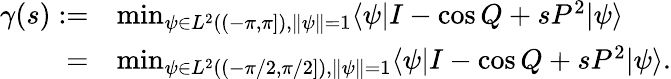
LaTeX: \begin{array}{rl}{\gamma(s):=}&{\operatorname*{min}_{\psi\in L^{2}((-\pi,\pi]),\| \psi\| =1}\langle\psi|I-\cos Q+sP^{2}|\psi\rangle}\\ {=}&{\operatorname*{min}_{\psi\in L^{2}((-\pi/2,\pi/2]),\| \psi\| =1}\langle\psi|I-\cos Q+sP^{2}|\psi\rangle.}\end{array}